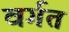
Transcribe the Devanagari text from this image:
वर्गत